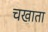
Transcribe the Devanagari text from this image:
चखाता